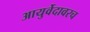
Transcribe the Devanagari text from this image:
आयुर्वेदावरच